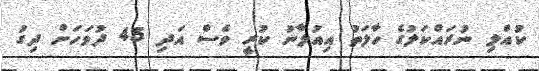
ކުއްލި ނުރައްކަލުގެ ހާލަތު އިއުލާނު ކުރީ ވެސް އަދި 45 ދުވަހަށް ދިގު